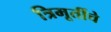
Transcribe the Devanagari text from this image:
त्रिमूर्तीचे